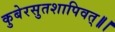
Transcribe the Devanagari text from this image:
कुबेरसुतशापिवत्‌॥।